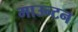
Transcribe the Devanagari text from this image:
माउन्टन